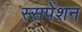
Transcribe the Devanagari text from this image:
स्सपेंशन